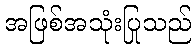
အဖြစ်အသုံးပြုသည်